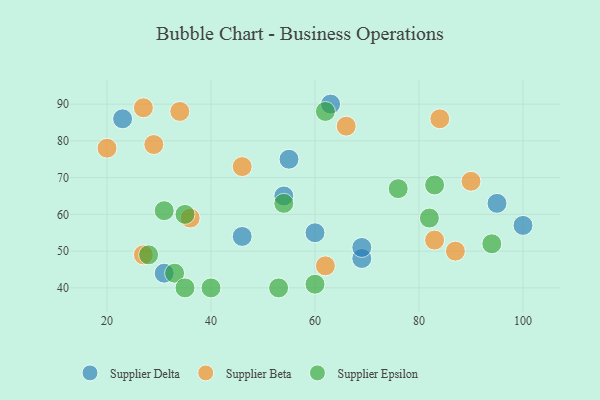
{"axis": {"x": "GDP", "y": "Life Expectancy"}, "legend": ["Supplier Beta", "Supplier Delta", "Supplier Epsilon"], "data": [{"x": "54", "y": 65, "type": "Supplier Delta"}, {"x": "100", "y": 57, "type": "Supplier Delta"}, {"x": "60", "y": 55, "type": "Supplier Delta"}, {"x": "69", "y": 48, "type": "Supplier Delta"}, {"x": "46", "y": 54, "type": "Supplier Delta"}, {"x": "31", "y": 44, "type": "Supplier Delta"}, {"x": "69", "y": 51, "type": "Supplier Delta"}, {"x": "23", "y": 86, "type": "Supplier Delta"}, {"x": "95", "y": 63, "type": "Supplier Delta"}, {"x": "55", "y": 75, "type": "Supplier Delta"}, {"x": "63", "y": 90, "type": "Supplier Delta"}, {"x": "83", "y": 53, "type": "Supplier Beta"}, {"x": "34", "y": 88, "type": "Supplier Beta"}, {"x": "84", "y": 86, "type": "Supplier Beta"}, {"x": "46", "y": 73, "type": "Supplier Beta"}, {"x": "27", "y": 49, "type": "Supplier Beta"}, {"x": "66", "y": 84, "type": "Supplier Beta"}, {"x": "29", "y": 79, "type": "Supplier Beta"}, {"x": "36", "y": 59, "type": "Supplier Beta"}, {"x": "20", "y": 78, "type": "Supplier Beta"}, {"x": "62", "y": 46, "type": "Supplier Beta"}, {"x": "90", "y": 69, "type": "Supplier Beta"}, {"x": "27", "y": 89, "type": "Supplier Beta"}, {"x": "87", "y": 50, "type": "Supplier Beta"}, {"x": "83", "y": 68, "type": "Supplier Epsilon"}, {"x": "76", "y": 67, "type": "Supplier Epsilon"}, {"x": "40", "y": 40, "type": "Supplier Epsilon"}, {"x": "35", "y": 60, "type": "Supplier Epsilon"}, {"x": "60", "y": 41, "type": "Supplier Epsilon"}, {"x": "31", "y": 61, "type": "Supplier Epsilon"}, {"x": "54", "y": 63, "type": "Supplier Epsilon"}, {"x": "62", "y": 88, "type": "Supplier Epsilon"}, {"x": "33", "y": 44, "type": "Supplier Epsilon"}, {"x": "35", "y": 40, "type": "Supplier Epsilon"}, {"x": "28", "y": 49, "type": "Supplier Epsilon"}, {"x": "82", "y": 59, "type": "Supplier Epsilon"}, {"x": "53", "y": 40, "type": "Supplier Epsilon"}, {"x": "94", "y": 52, "type": "Supplier Epsilon"}]}